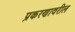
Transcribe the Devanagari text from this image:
प्रकरणावरील